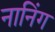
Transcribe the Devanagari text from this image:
नानिंग